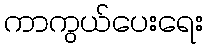
ကာကွယ်ပေးရေး